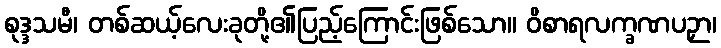
စုဒ္ဒသမီ၊ တစ်ဆယ့်လေးခုတို့၏ပြည့်ကြောင်းဖြစ်သော။ ဝိစာရလက္ခဏပဉှာ၊